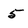
Character: 5